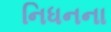
નિધનના